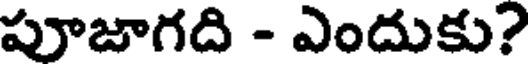
పూజాగది - ఎందుకు?